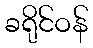
ခရိုင်ဝန်